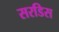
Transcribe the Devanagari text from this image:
सरडिस